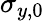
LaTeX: \sigma_{y,0}